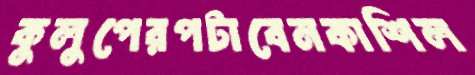
কুলুপেরপটাবেনকাশিল